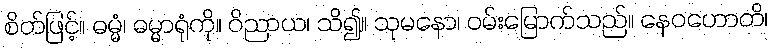
စိတ်ဖြင့်။ ဓမ္မံ၊ ဓမ္မာရုံကို။ ဝိညာယ၊ သိ၍။ သုမနော၊ ဝမ်းမြောက်သည်။ နေဝဟောတိ၊